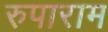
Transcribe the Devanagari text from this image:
रुपाराम